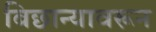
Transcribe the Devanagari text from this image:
बिछान्यावरून